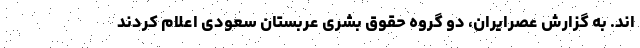
اند. به گزارش عصرایران، دو گروه حقوق بشری عربستان سعودی اعلام کردند